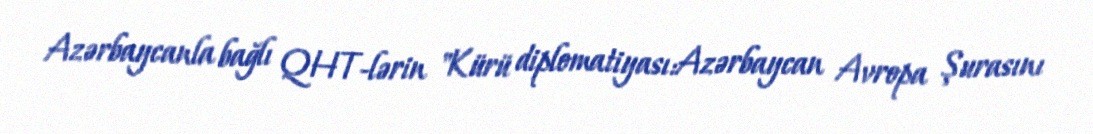
Azərbaycanla bağlı QHT-lərin "Kürü diplomatiyası:Azərbaycan Avropa Şurasını